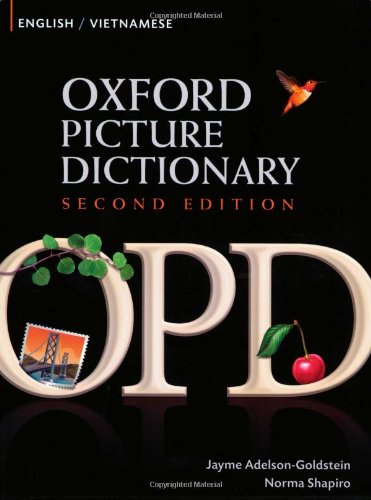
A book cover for Oxford Picture Dictionary English-Vietnamese: Bilingual Dictionary for Vietnamese speaking teenage and adult students of English (Oxford Picture Dictionary 2E); Jayme Adelson-Goldstein; Reference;